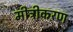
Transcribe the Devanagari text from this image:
मीट्रीकरण